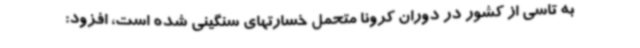
به تاسی از کشور در دوران کرونا متحمل خسارتهای سنگینی شده است، افزود: